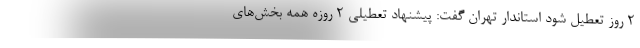
۲ روز تعطیل شود استاندار تهران گفت: پیشنهاد تعطیلی ۲ روزه همه بخش‌های